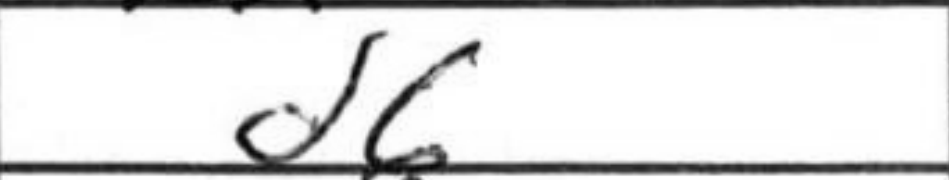
Transcription: d6